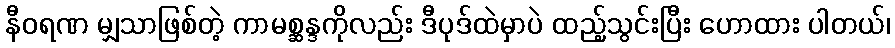
နီဝရဏ မျှသာဖြစ်တဲ့ ကာမစ္ဆန္ဒကိုလည်း ဒီပုဒ်ထဲမှာပဲ ထည့်သွင်းပြီး ဟောထား ပါတယ်၊